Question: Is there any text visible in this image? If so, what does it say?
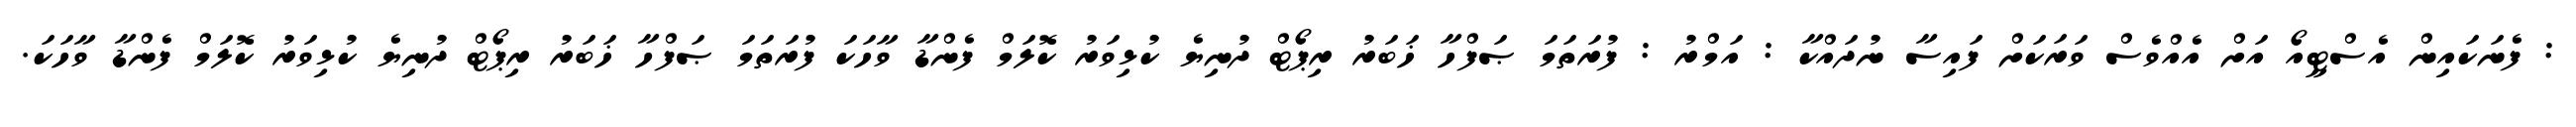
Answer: : ފެނަކައިން އެސްޓީއޯ އަށް އެއްވެސް ވަރަކަށް ފައިސާ ނުދައްކާ : އަމްރު : ފުރަތަމަ ޞަފްހާ ޚަބަރު ރިޕޯޓް ދުނިޔެ ކުޅިވަރު ކޮލަމް ފެންޑާ ވާހަކަ ފުރަތަމަ ޞަފްހާ ޚަބަރު ރިޕޯޓް ދުނިޔެ ކުޅިވަރު ކޮލަމް ފެންޑާ ވާހަކަ.